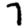
Digit: 7